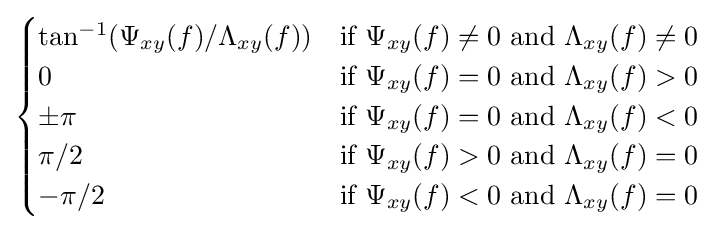
{\begin{cases}\tan ^{-1}(\Psi _{xy}(f)/\Lambda _{xy}(f))&{\text{if }}\Psi _{xy}(f)\neq 0{\text{ and }}\Lambda _{xy}(f)\neq 0\\0&{\text{if }}\Psi _{xy}(f)=0{\text{ and }}\Lambda _{xy}(f)>0\\\pm \pi &{\text{if }}\Psi _{xy}(f)=0{\text{ and }}\Lambda _{xy}(f)<0\\\pi /2&{\text{if }}\Psi _{xy}(f)>0{\text{ and }}\Lambda _{xy}(f)=0\\-\pi /2&{\text{if }}\Psi _{xy}(f)<0{\text{ and }}\Lambda _{xy}(f)=0\\\end{cases}}